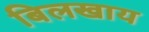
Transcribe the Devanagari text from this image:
बिलखाय